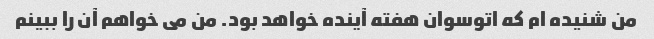
من شنیده ام که اتوسوان هفته آینده خواهد بود. من می خواهم آن را ببینم